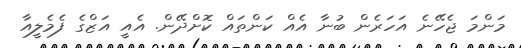
މަންމަ ޖެހޭނެ އަހަރެން ބުނާ އެއް ކަންތައް ކޮށްދޭން. އެއީ އަޒްގެ ފެމެލީއާ